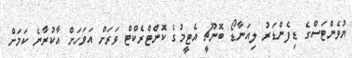
ޔުވެންޓަސްގެ ޑިފެންޑަރު ލިއަނާޑޯ ބޮނޫޗީ އެޓީމުގެ ކޮންޓްރެކްޓް ވަރަށް އަވަހަށް އާކުރާނެ ކަމަށް